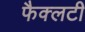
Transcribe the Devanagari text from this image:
फैक्‍लटी